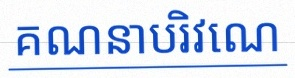
គណនាបរិវេណ